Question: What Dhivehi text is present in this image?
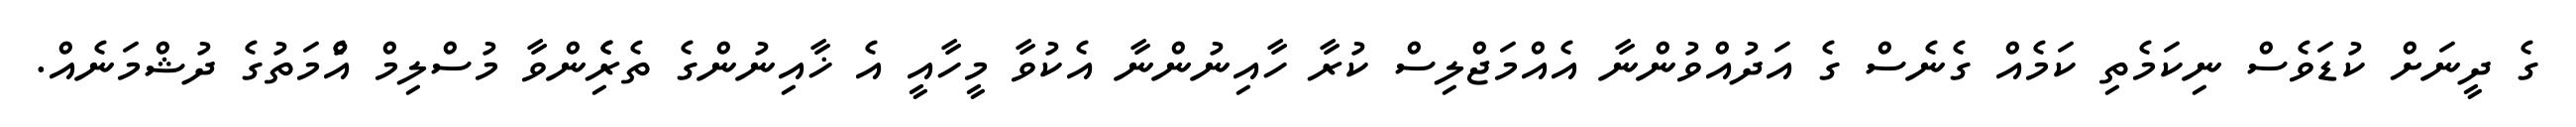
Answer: ގެ ދީނަށް ކުޑަވެސް ނިކަމެތި ކަމެއް ގެނެސް ގެ އަދުއްވުންނާ އެއްމަޖްލިސް ކުރާ ހާއިނުންނާ އެކުވާ މީހާއީ އެ ޚާއިނުންގެ ތެރެެިންވާ މުސްލިމް އުެްމަތުގެ ދުޝްމަނެއް.